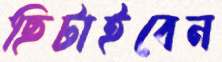
ছিটাইবেন